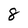
Character: 8